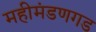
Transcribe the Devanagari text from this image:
महीमंडणगड